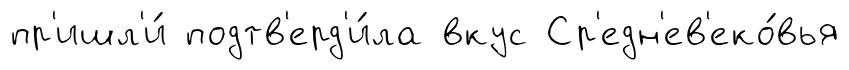
пр'ишл'и́ подтв'ерд'и́ла вкус Ср'едн'ев'еко́вья